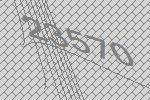
23570